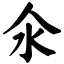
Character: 氽